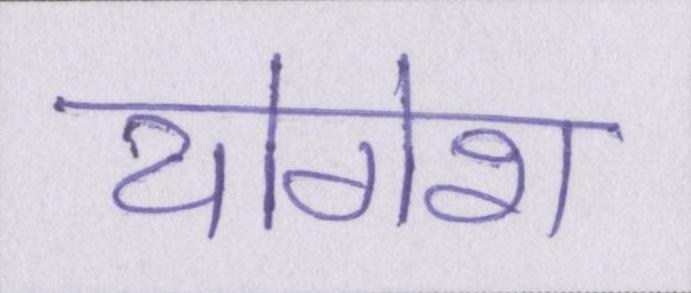
योगेश